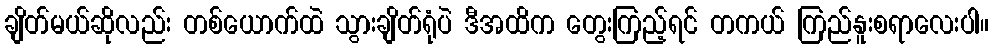
ချိတ်မယ်ဆိုလည်း တစ်ယောက်ထဲ သွားချိတ်ရုံပဲ ဒီအထိက တွေးကြည့်ရင် တကယ် ကြည်နူးစရာလေးပါ။